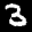
Label: 3